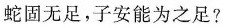
蛇固无足，子安能为之足?